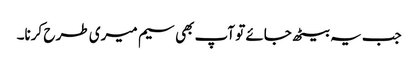
جب یہ بیٹھ جائے تو آپ بھی سیم میری طر ح کرنا۔